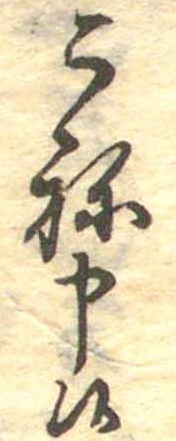
こね申候